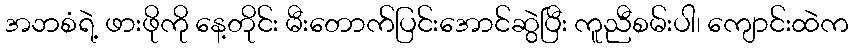
အဘစံရဲ့ ဖားဖိုကို နေ့တိုင်း မီးတောက်ပြင်းအောင်ဆွဲပြီး ကူညီစမ်းပါ၊ ကျောင်းထဲက